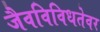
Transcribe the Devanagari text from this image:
जैवविविधतेवर